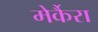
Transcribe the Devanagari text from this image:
मेर्कैरा